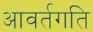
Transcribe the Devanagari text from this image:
आवर्तगति